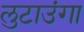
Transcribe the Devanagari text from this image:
लुटाउंगा